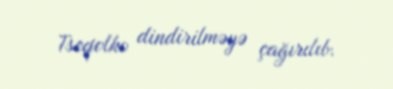
Tseqolko dindirilməyə çağırılıb.